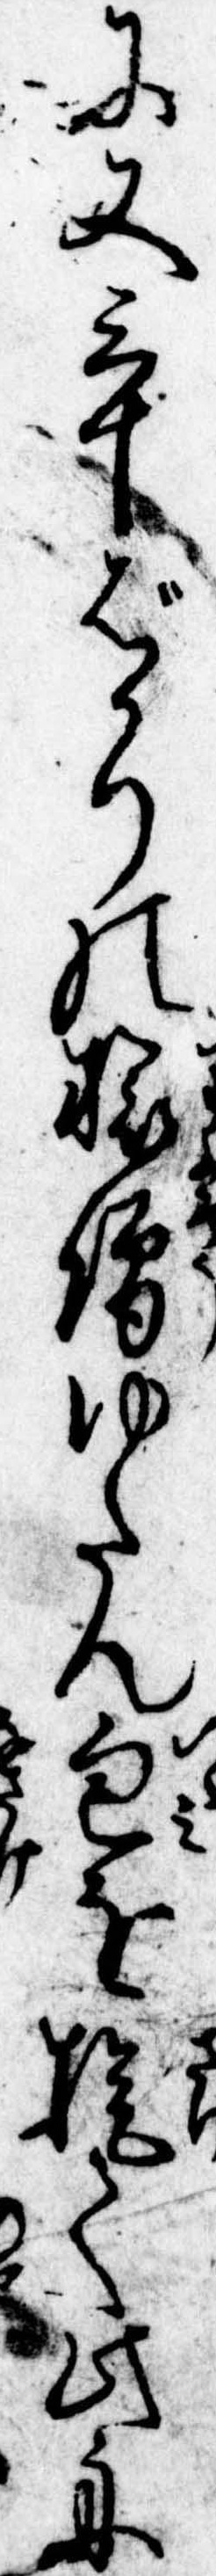
に又三十ばかりの旅僧ゆたん包を提て此舟